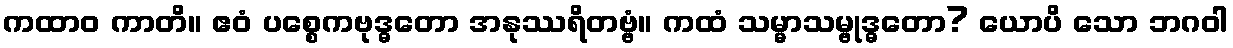
ကထာဝ ကာတိ။ ဧဝံ ပစ္စေကဗုဒ္ဓတော အနုဿရိတဗ္ဗံ။ ကထံ သမ္မာသမ္ဗုဒ္ဓတော? ယောပိ သော ဘဂဝါ